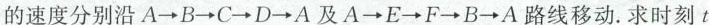
的速度分别沿A\rightarrow B \rightarrow C\rightarrow D\rightarrow A及A\rightarrow E\rightarrow F\rightarrow B\rightarrow A路线移动。求时刻t